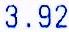
3.92